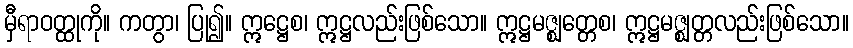
မှီရာဝတ္ထုကို။ ကတွာ၊ ပြု၍။ ဣဋ္ဌေစ၊ ဣဋ္ဌလည်းဖြစ်သော။ ဣဋ္ဌမဇ္ဈတ္တေစ၊ ဣဋ္ဌမဇ္ဈတ္တလည်းဖြစ်သော။